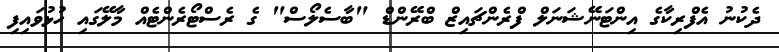
ދެކުނު އެފްރިކާގެ އިންޓަނޭޝަނަލް ފްރެންޗައިޒް ބްރޭންޑް "ބާސެލޯސް" ގެ ރެސްޓޯރެންޓެއް މާލޭގައި ހުޅުވައިިފި